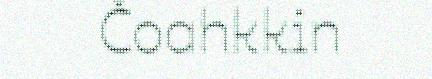
Čoahkkin